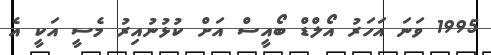
1995 ވަނަ އަހަރު އޯލްޑް ބޯއީސް އަށް ކުޅުނުއިރު މެސީ އަކީ އެ